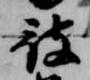
被